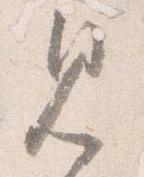
見